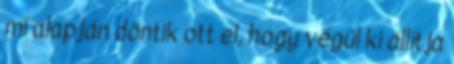
mi alapján döntik ott el, hogy végül ki állítja